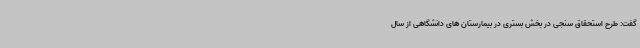
گفت: طرح استحقاق سنجی در بخش بستری در بیمارستان های دانشگاهی از سال